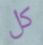
كل